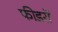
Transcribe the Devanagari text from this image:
फीडरों